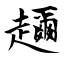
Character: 趰